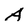
Character: A